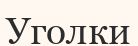
Уголки